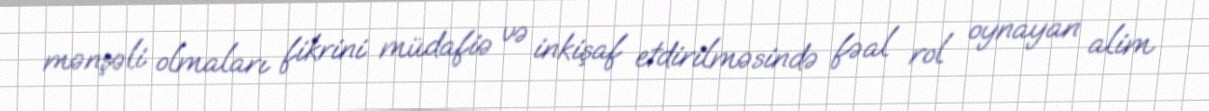
mənşəli olmaları fikrini müdafiə və inkişaf etdirilməsində fəal rol oynayan alim